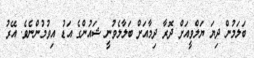
ބަލަމުން ދިޔަ ޔަލްވީއަށް ދޮރާ ދިމާއަށް ބަލާލެވުނީ ޝައުންގެ އަޑު އިވުމުންނެވެ. އޭރު